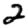
Digit: 2